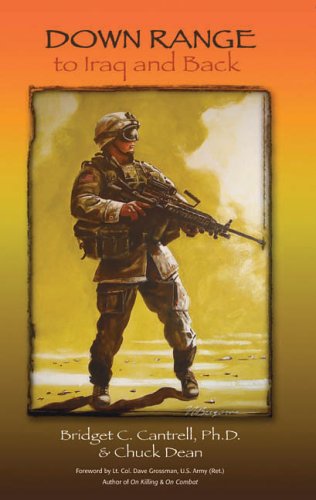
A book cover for Down Range: To Iraq and Back; Bridget C. Cantrell; History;